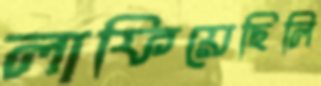
লাফিয়েছিলি